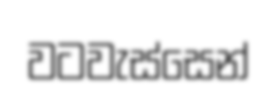
වටවැස්සෙන්